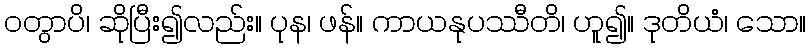
ဝတွာပိ၊ ဆိုပြီး၍လည်း။ ပုန၊ ဖန်။ ကာယနုပဿီတိ၊ ဟူ၍။ ဒုတိယံ၊ သော။